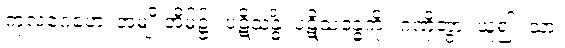
ကုလဂေဟေ၊ အမျိုးအိမ်၌။ ပဋိသန္ဓိံ၊ ပဋိသန္ဓေကို။ ဂဏှိတွာ၊ ယူ၍။ သာ၊